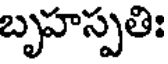
బృహస్పతిః